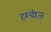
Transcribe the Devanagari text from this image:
हरचीज़